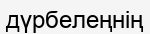
дүрбелеңнің